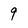
Character: 9